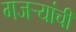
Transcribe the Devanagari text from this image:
गजर्‍यांची